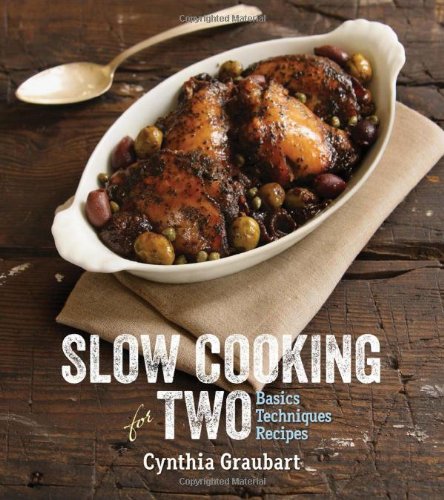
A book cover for Slow Cooking for Two: Basic Techniques Recipes; Cynthia Graubart; Cookbooks, Food & Wine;